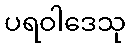
ပရဝါဒေသု